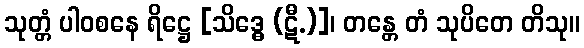
သုတ္တံ ပါဝစနေ ရိဋ္ဌေ [သိဒ္ဓေ (ဋီ.)]၊ တန္တေ တံ သုပိတေ တိသု။